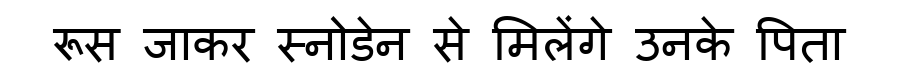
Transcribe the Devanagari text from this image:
रूस जाकर स्नोडेन से मिलेंगे उनके पिता